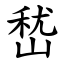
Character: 嵆